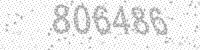
Solution: 806486